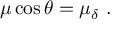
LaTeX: \mu \cos \theta = \mu _ { \delta } \ .